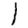
Digit: 1